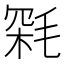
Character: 𣮥